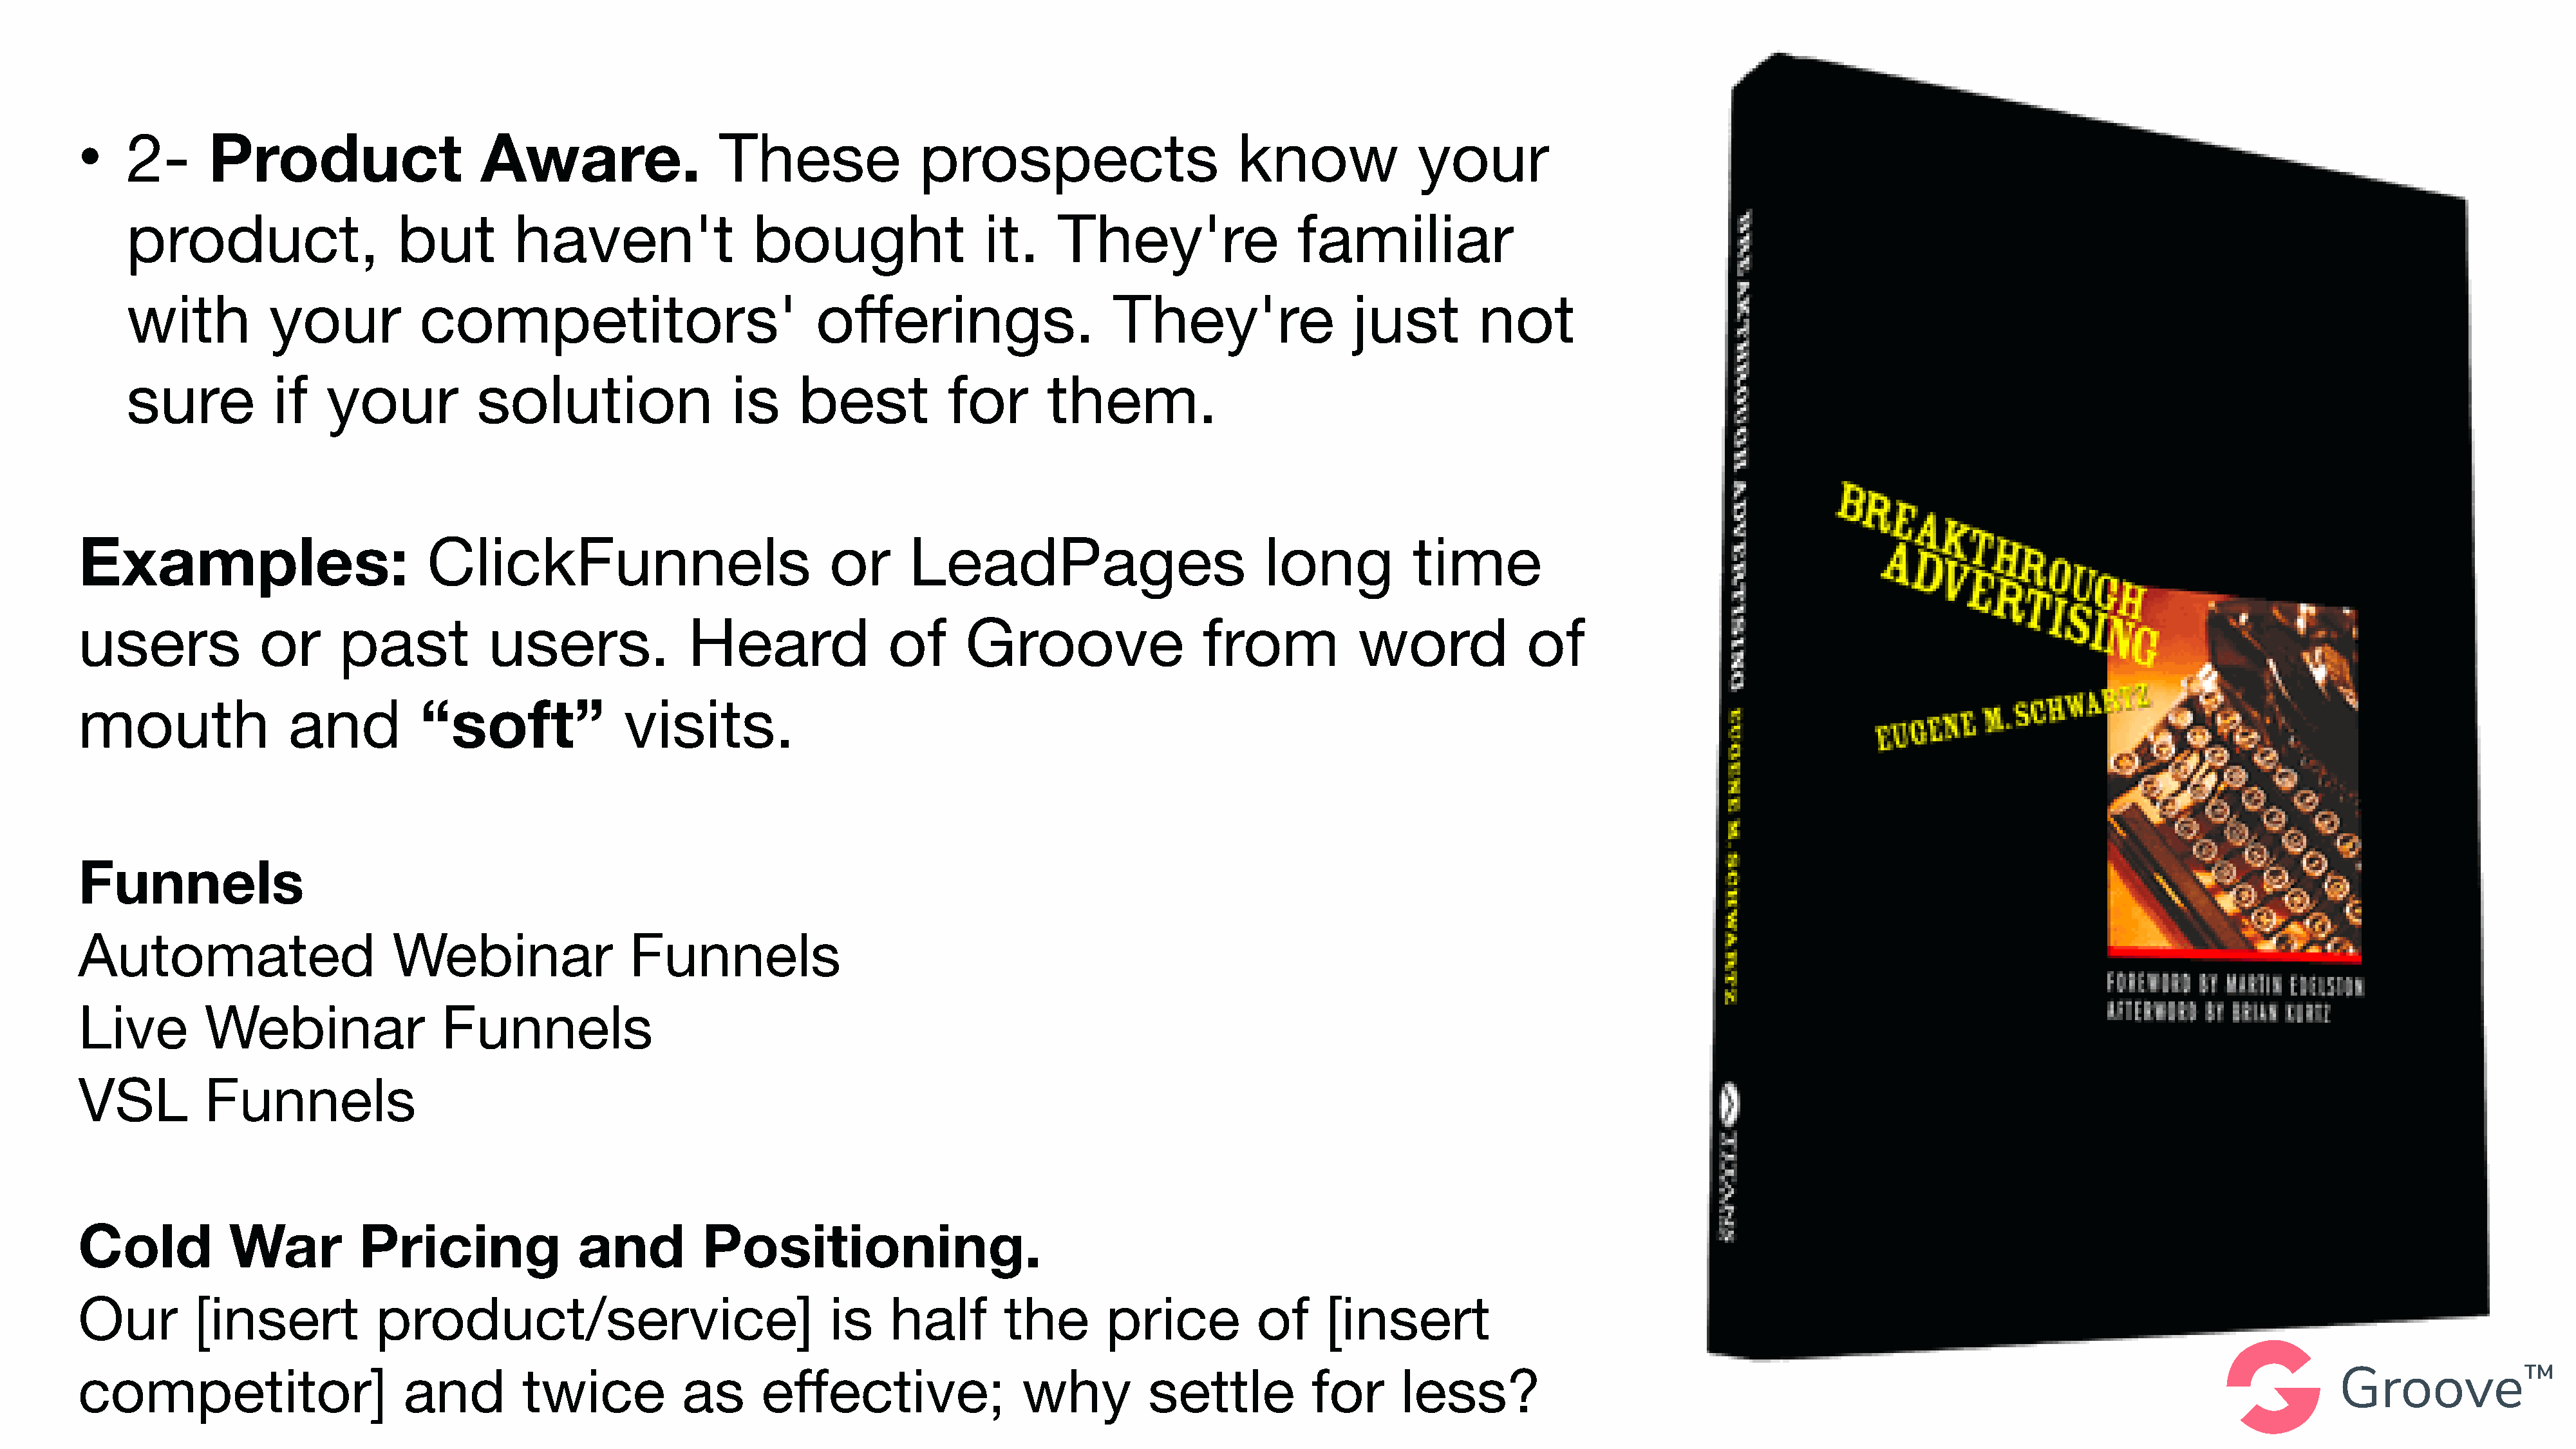
•    2-      Product                     Aware.                   These                prospects                       know               your
 product,                    but         haven't                 bought                  it.     They're                 familiar
 with           your           competitors'                             offerings.                    They're                  just         not
 sure           if    your           solution                  is     best           for        them.
 Examples:                           ClickFunnels                             or      LeadPages                            long           time
 users              or      past           users.               Heard               of      Groove                   from            word             of
 mouth                 and          “soft”               visits.
 Funnels
 Automated                       Webinar                  Funnels
 Live         Webinar                 Funnels
 VSL          Funnels
 Cold            War          Pricing               and          Positioning.
 Our         [insert            product/service]                              is    half        the        price          of     [insert
 competitor]                      and          twice           as      effective;                 why          settle           for      less?